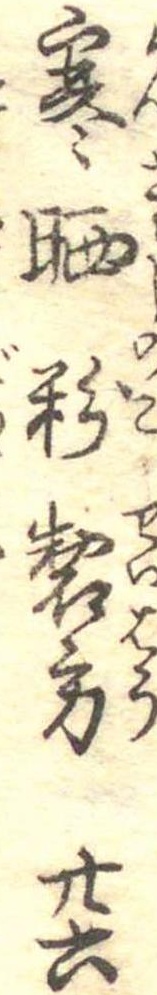
寒晒粉製方廿六